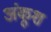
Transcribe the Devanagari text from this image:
अंकूश